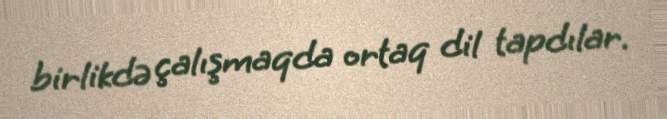
birlikdə çalışmaqda ortaq dil tapdılar.